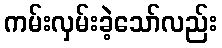
ကမ်းလှမ်းခဲ့သော်လည်း